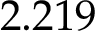
2 . 2 1 9